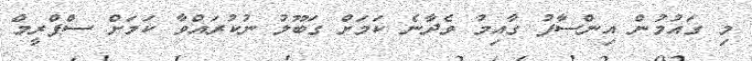
މި ގައުމުން އިންސާފު ގާއިމު ވެދާނެ ކަމަށް ގަބޫލު ނުކުރައްވާ ކަމަށް ސްޕްރީމް